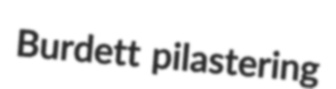
Burdett pilastering